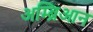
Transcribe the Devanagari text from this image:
अम्ब्रिआन